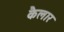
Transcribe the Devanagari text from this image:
कैलार